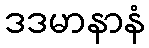
ဒဒမာနာနံ